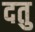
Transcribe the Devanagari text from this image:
दतु